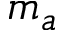
m _ { a }